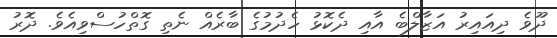
ދޫވެ ދިއައިރު އަޒާލްބެ އާއި ދެކޮޅު ހެދުމުގެ ބާރެެއް ނެތި ގޮތްހުސްވިއެވެ. ދޮރު